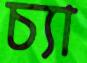
চ্যা